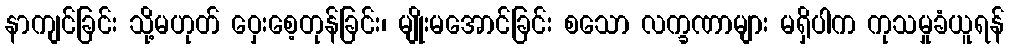
နာကျင်ခြင်း သို့မဟုတ် ဝှေးစေ့တုန်ခြင်း၊ မျိုးမအောင်ခြင်း စသော လက္ခဏာများ မရှိပါက ကုသမှုခံယူရန်